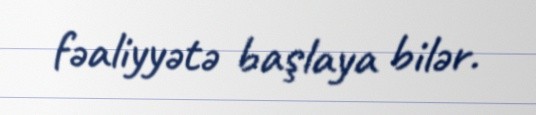
fəaliyyətə başlaya bilər.